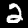
Label: 2